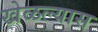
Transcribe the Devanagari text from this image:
खेळल्यास